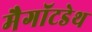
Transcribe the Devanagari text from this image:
मैगॉटडेथ